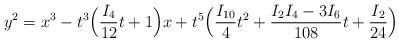
LaTeX: \begin{align*}y^{2} =x^3 - t^{3}\Bigl(\frac{I_{4}}{12}t+1\Bigr)x+t^{5}\Bigl(\frac{I_{10}}{4}t^2+\frac{I_{2}I_{4}-3I_{6}}{108}t+\frac{I_{2}}{24}\Bigr)\end{align*}